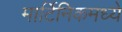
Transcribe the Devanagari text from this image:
मार्टिनिकमध्ये